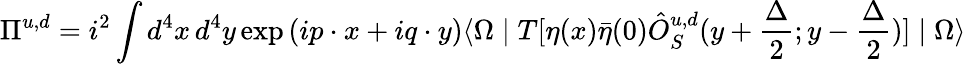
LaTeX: \Pi^{u,d}=i^{2}\int d^{4}x\, d^{4}y\exp{(ip\cdot x+iq\cdot y)}\langle\Omega\mid T[\eta(x){\bar{\eta}}(0){\hat{O}}_{S}^{u,d}(y+\frac{\Delta}{2};y-\frac{\Delta}{2})]\mid\Omega\rangle